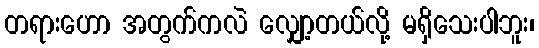
တရားဟော အတွက်ကလဲ လျှော့တယ်လို့ မရှိသေးပါဘူး၊